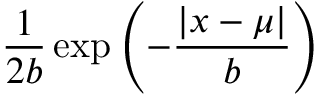
{ \frac { 1 } { 2 b } } \exp \left( - { \frac { | x - \mu | } { b } } \right)